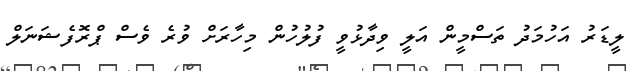
ލީޑަރު އަހުމަދު ތަސްމީން އަލީ ވިދާޅުވީ ފުލުހުން މިހާރަށް ވުރެ ވެސް ޕްރޮފެޝަނަލް